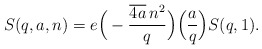
\begin{align*}S(q,a,n)=e\Big(-\frac{\overline{4a}\, n^2}{q}\Big)\Big(\frac{a}{q}\Big)S(q,1).\end{align*}